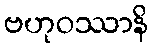
ဗဟုဝဿာနိ